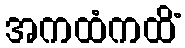
အကထံကထိံ